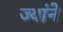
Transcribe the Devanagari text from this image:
ज्यांने